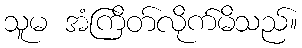
သူမ အံကြိတ်လိုက်မိသည်။